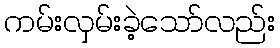
ကမ်းလှမ်းခဲ့သော်လည်း